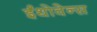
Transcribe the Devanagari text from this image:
ईंथोवेन्स